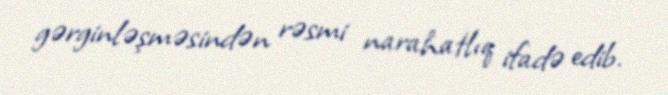
gərginləşməsindən rəsmi narahatlıq ifadə edib.